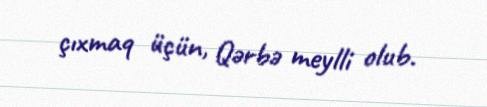
çıxmaq üçün, Qərbə meylli olub.